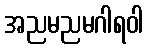
အညမညမဂါရဝါ